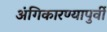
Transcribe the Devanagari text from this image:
अंगिकारण्यापुर्वी